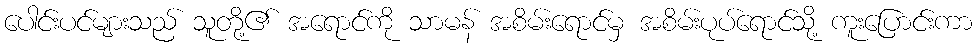
ပေါင်းပင်များသည် သူတို့၏ အရောင်ကို သာမန် အစိမ်းရောင်မှ အစိမ်းပုပ်ရောင်သို့ ကူးပြောင်းကာ